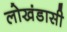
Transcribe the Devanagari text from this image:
लोखंडासी